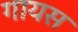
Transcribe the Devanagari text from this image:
गायस